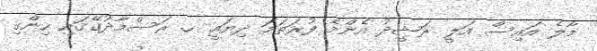
މާލެ އައިސް އަލީ ރަޝީދު އެންމެ ފުރަތަމަ ދިޔައީ ހ. ރަސްމާދުގޭގައި ހިންގި